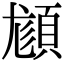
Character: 𩒿